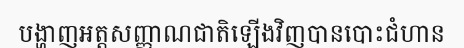
បង្ហាញអត្តសញ្ញាណជាតិឡើងវិញបានបោះជំហាន